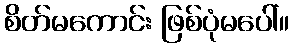
စိတ်မကောင်း ဖြစ်ပုံမပေါ်။